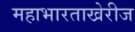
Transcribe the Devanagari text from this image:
महाभारताखेरीज